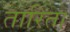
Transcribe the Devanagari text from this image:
तारिता